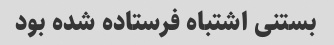
بستنی‌ اشتباه فرستاده شده بود